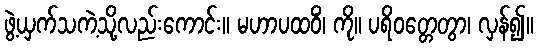
ဖွဲ့ယှက်သကဲ့သို့လည်းကောင်း။ မဟာပထဝိံ၊ ကို။ ပရိဝတ္တေတွာ၊ လှန်၍။